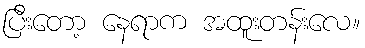
ပြီးတော့ နေရာက အထူးတန်းလေ။